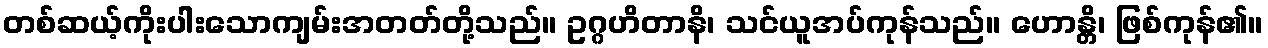
တစ်ဆယ့်ကိုးပါးသောကျမ်းအတတ်တို့သည်။ ဥဂ္ဂဟိတာနိ၊ သင်ယူအပ်ကုန်သည်။ ဟောန္တိ၊ ဖြစ်ကုန်၏။